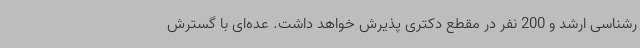
رشناسی ارشد و 200 نفر در مقطع دکتری پذیرش خواهد داشت. عده‌ای با گسترش